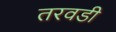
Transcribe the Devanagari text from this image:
तरवडी